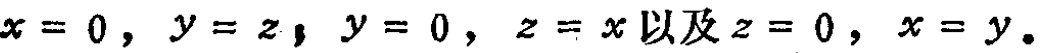
\(x = 0,\ y = z,\ y = 0,\ z = x以及z = 0,\ x = y。\)